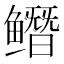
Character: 𱈔